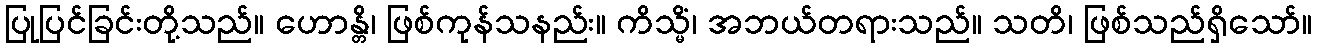
ပြုပြင်ခြင်းတို့သည်။ ဟောန္တိ၊ ဖြစ်ကုန်သနည်း။ ကိသ္မိံ၊ အဘယ်တရားသည်။ သတိ၊ ဖြစ်သည်ရှိသော်။